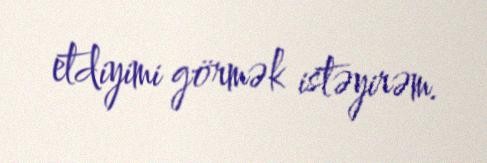
etdiyimi görmək istəyirəm.